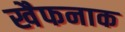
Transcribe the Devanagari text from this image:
खैफनाक